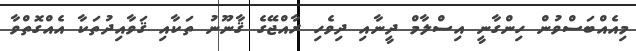
މިއެއްބަސްވުން ހިންގާނީ އިސްލާމް ދީނާއި ދިވެހި ރާއްޖޭގެ ޤާނޫނު ތަކާއި ޤަވާއިދުތަކާ އެއްގޮތްވާ